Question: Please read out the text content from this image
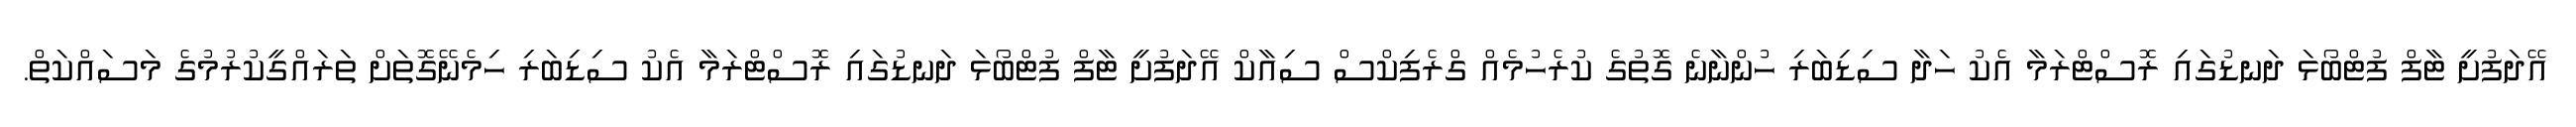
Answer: އޭދަފުށީ ޓާފް ފުޓްބޯޅަ ދަނޑުގައި ރޮސްޓްރަމާ އެކު ހަދާ ސިޑިބަރި ހުންނާނެ ގޮތުގެ ކުރެހުމެއް ގްރެފިކްސް ސިއާކް އޭދަފުށީ ޓާފް ފުޓްބޯޅަ ދަނޑުގައި ރޮސްޓްރަމާ އެކު ސިޑިބަރި ހިމެނޭގޮތަށް ތަރައްގީކުރުމުގެ މަސައްކަތް.